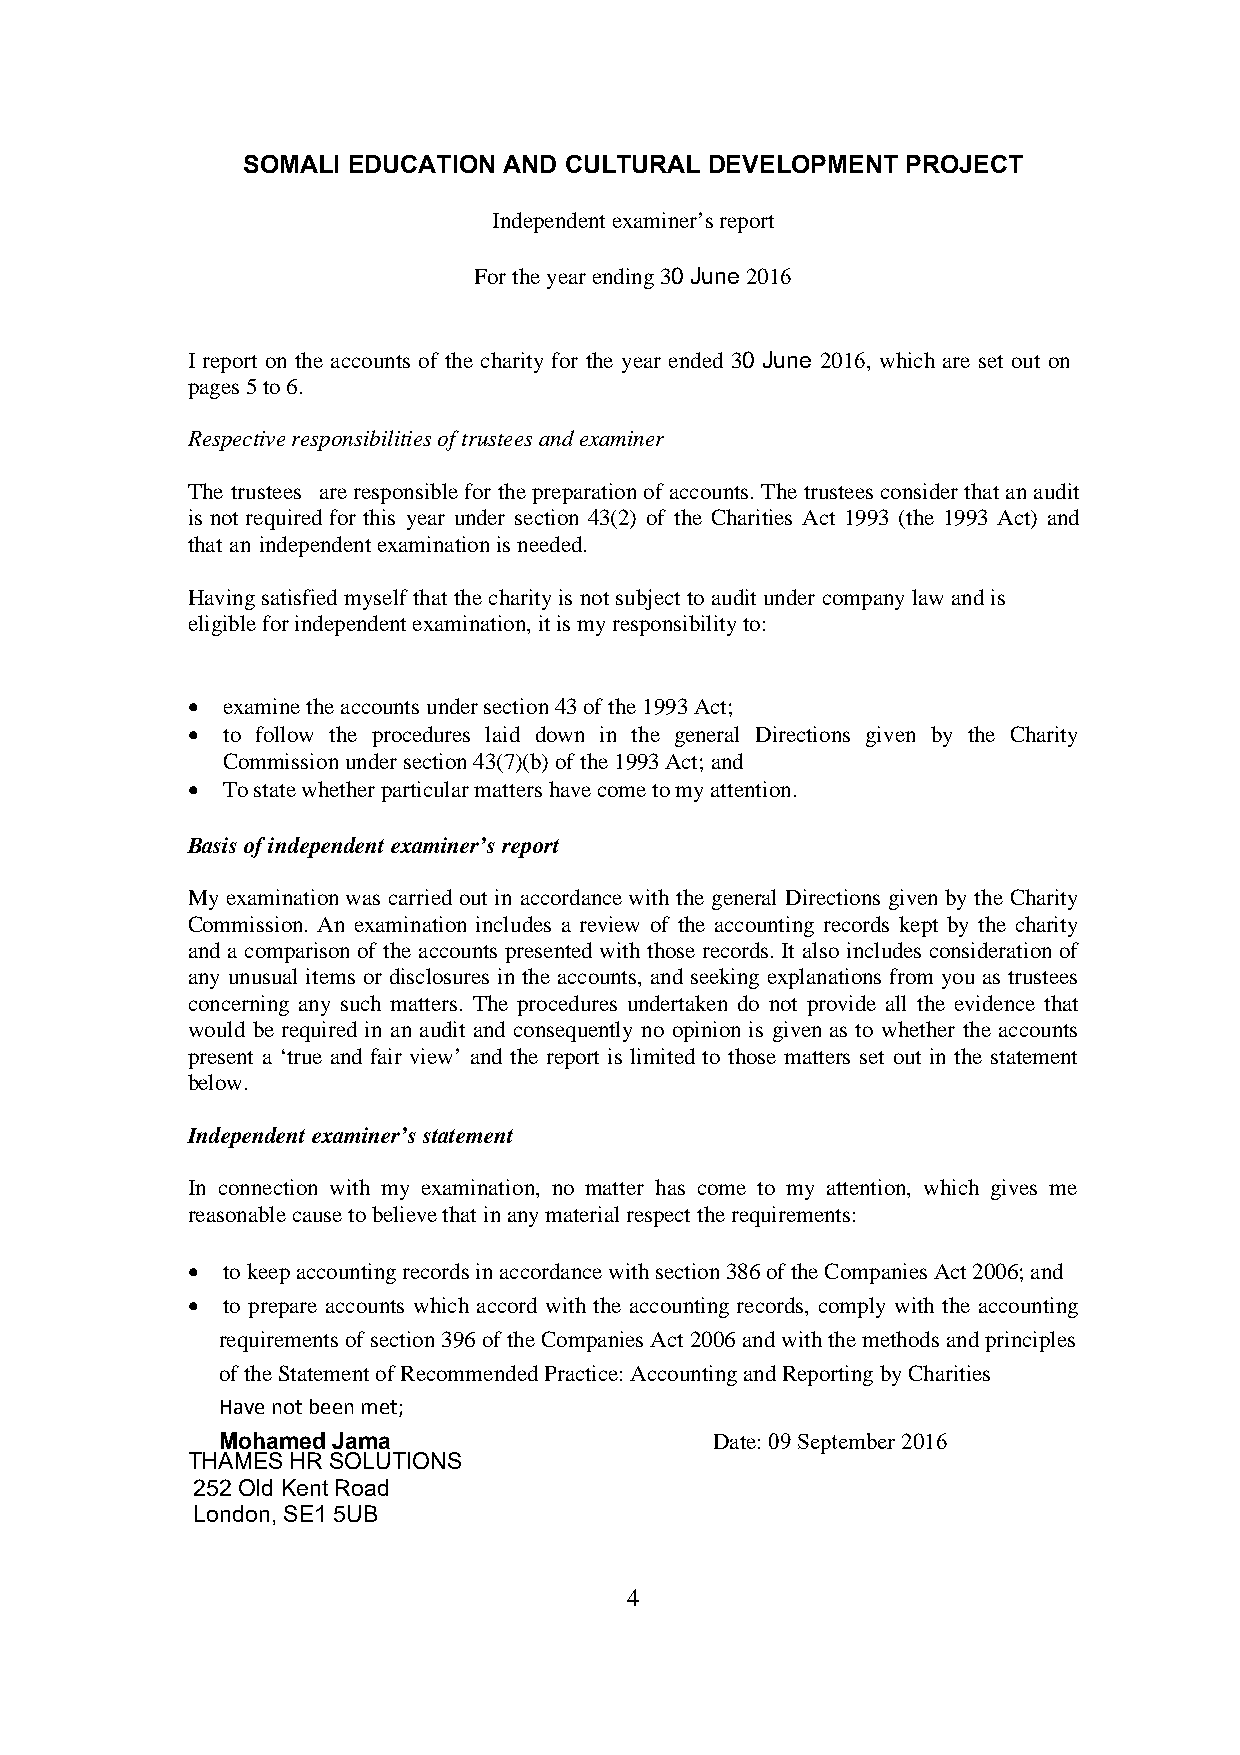
SOMALI EDUCATION AND CULTURAL  DEVELOPMENT  PROJECT
 Independent examiner’s report
 For the year ending 30 June 2016
 I report on the accounts of the charity for the year ended 30 June 2016, which are set out on
 pages 5 to 6.
 Respective responsibilities of trustees and examiner
 The trustees are responsible for the preparation of accounts. The trustees consider that an audit
 is not required for this year under section 43(2) of the Charities Act 1993 (the 1993 Act) and
 that an independent examination is needed.
 Having satisfied myself that the charity is not subject to audit under company law and is
 eligible for independent examination, it is my responsibility to:
 •  examine the accounts under section 43 of the 1993 Act;
 •  to follow the procedures laid down in the general Directions given by the Charity
 Commission under section 43(7)(b) of the 1993 Act; and
 •  To state whether particular matters have come to my attention.
 Basis of independent examiner’s report
 My examination was carried out in accordance with the general Directions given by the Charity
 Commission. An examination includes a review of the accounting records kept by the charity
 and a comparison of the accounts presented with those records. It also includes consideration of
 any unusual items or disclosures in the accounts, and seeking explanations from you as trustees
 concerning any such matters. The procedures undertaken do not provide all the evidence that
 would be required in an audit and consequently no opinion is given as to whether the accounts
 present a ‘true and fair view’ and the report is limited to those matters set out in the statement
 below.
 Independent examiner’s statement
 In connection with my examination, no matter has come to my attention, which gives me
 reasonable cause to believe that in any material respect the requirements:
 •  to keep accounting records in accordance with section 386 of the Companies Act 2006; and
 •  to prepare accounts which accord with the accounting records, comply with the accounting
 requirements of section 396 of the Companies Act 2006 and with the methods and principles
 of the Statement of Recommended Practice: Accounting and Reporting by Charities
 Have not been met;
 Mohamed Jama                     Date: 09 September 2016
 THAMES HR SOLUTIONS
 252 Old Kent Road
 London, SE1 5UB
 4